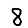
Digit: 8